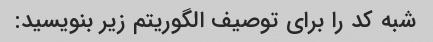
شبه کد را برای توصیف الگوریتم زیر بنویسید: